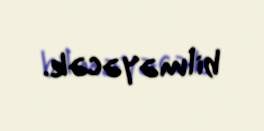
bilməyəcək.